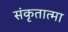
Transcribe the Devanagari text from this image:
संकृतात्मा